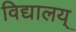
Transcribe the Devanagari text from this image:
विद्यालय्